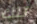
تلك